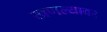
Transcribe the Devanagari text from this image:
खणल्यावर